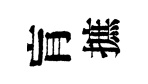
肓摭